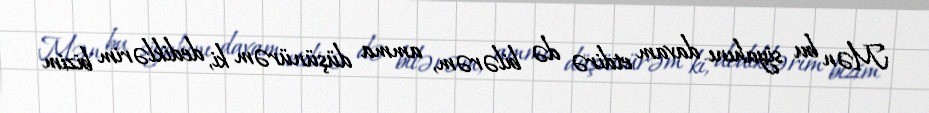
Mən bu siyahını davam etdirə də bilərəm, amma düşünürəm ki, dediklərim bizim